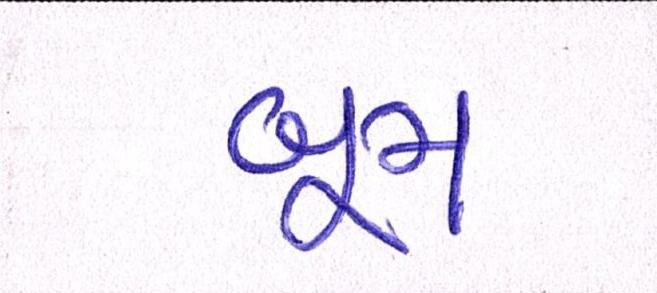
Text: બૂમ